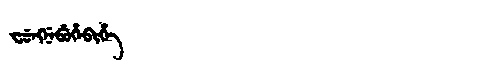
Manchu: ᠸᡠᠩᠨᡝᠪᡠᡥᡝᠪᡳᡥᡝ
Romanization: FUNGNEBUHEBIHE